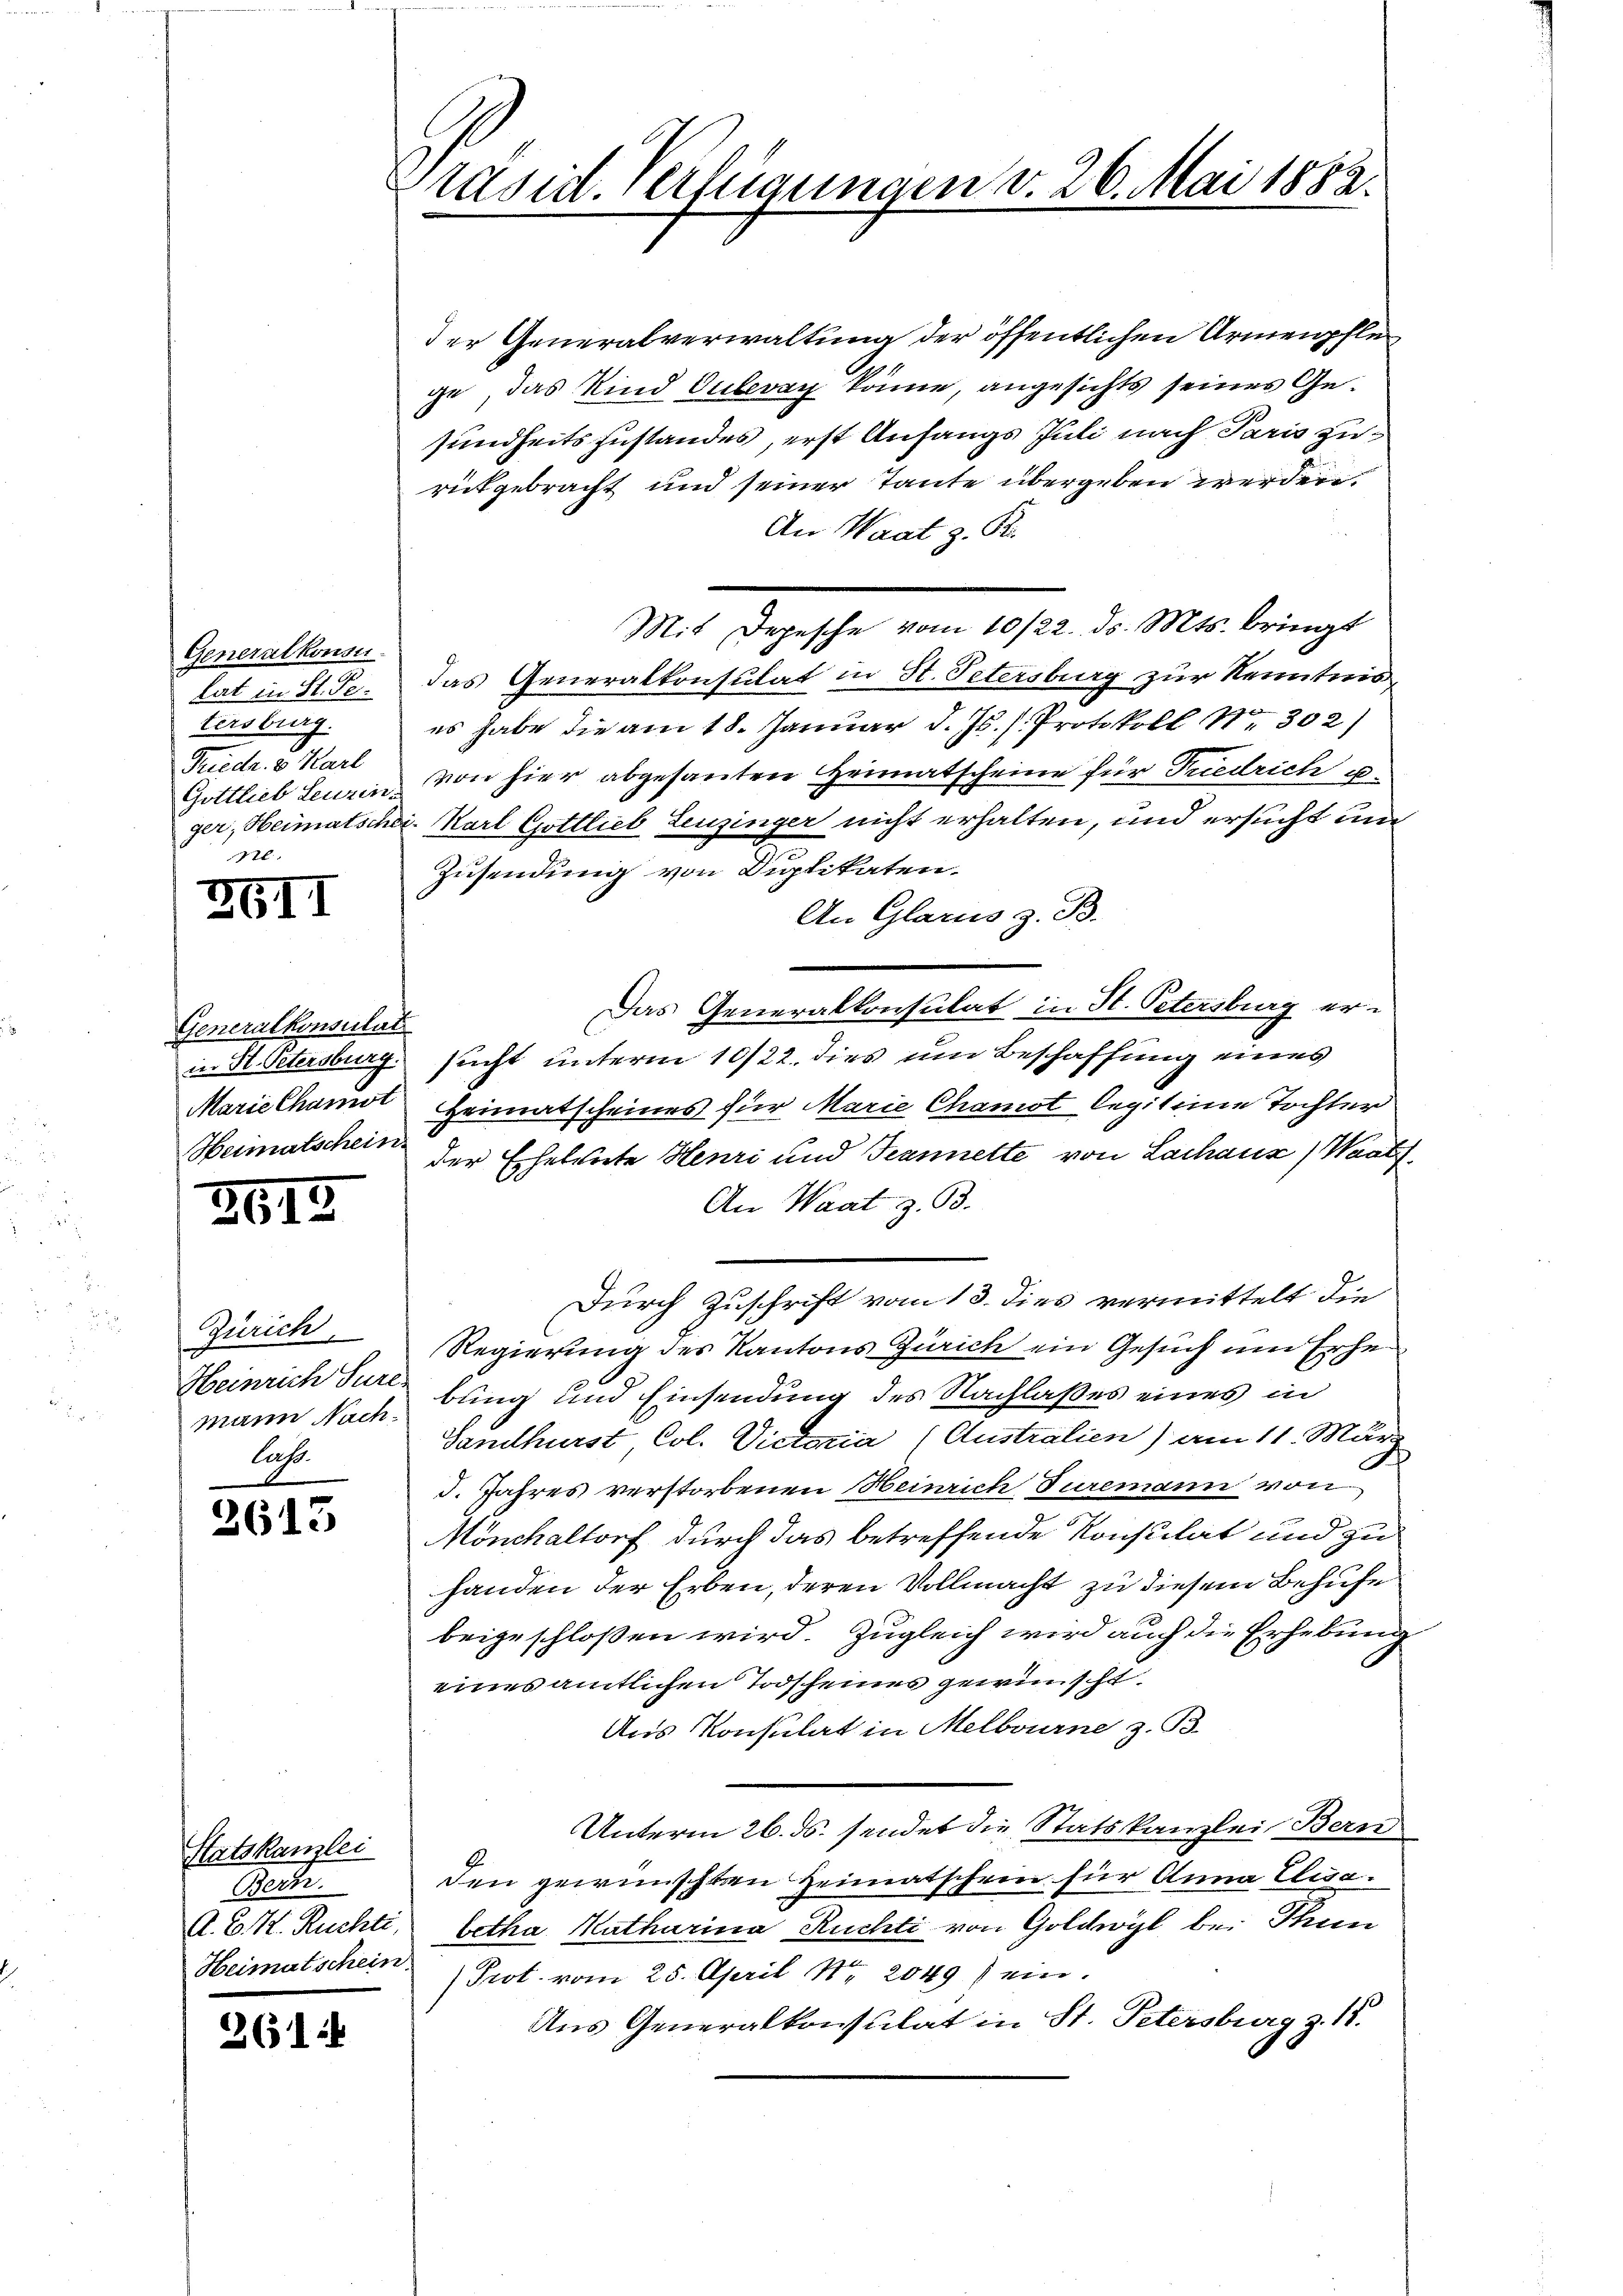
Generalkonsu
lat in St. Ge
tersburg.
Friedr. 2 Karl
Gottlieb Leuzin-
Nl.

ZGII

Generalkonsulat

2615

Zürich,
mann Nachlass

2613

Statskanzlei
Bern.
Heimatschein

261

Präsid. Verfügungen v. 26. Mai 1882.

der Generalverwaltung der öffentlichen Armenpflege, das Kind Vulevan könne, angesichts seiner Gesundheitszustandes, erst Anfangs Juli nach Paris zurütgebracht und seiner Tante übergeben werden.
An Waat z. R.
Mit Depesche vom 10/22. ds. Mts. bringt
das Generalkonsulat in St. Petersburg zur Kenntnis
es habe die am 18. Januar d. Js. s. Protokoll No 302)
von hier abgesanten Heimatscheine für Tuedrich u
ger, Heimatschei-Karl Gottlieb Leuzinger nicht erhalten, und ersucht und
Zusendung von Duplikaten.
An Glarus z. B.
Das Generalkonsulat in St. Petersburg er-
in K. Oetersburg sucht unterm 10/22. dies um Beschaffung eines
Marielhamit Heimatscheines für Marie Chamot legitime Tochter
Heimatschein der Ehelerete Henri und Tannette von Lachanz) Waadt
An Waat z. B.
Durch Zuschrift vom 13. dies vermittelt die
Regierung des Kantons Zürich ein Gesuch um Erhe
Heinrich der bling und Einsendung des Nachlaßes eines in
Sandhurst, Col. Victoria (Australien) am 11. März
I. Jahres verstorbenen Heinrich Turemann von
Mönchaltorf durch das betreffende Konsulat und zu
handen der Erben, deren Vollmacht zu diesem Behufe
beigeschloßen wird. Zugleich wird auch die Erhebung
eines amtlichen Todscheines gewünscht.
Aus Konsulat in Melbourne z. B.
Unterm 26. ds. sendet die Statskanzlei Bern
9.
den gewünschten Heimatschein für Anna Elisa¬
A. B. K. Ruchte, betha Katharina Ruchti von Goldwyl bei Thun
Prot. vom 25. April Nr. 2049 sein.
Aus Generalkonsulat in St. Petersburg z. 18.